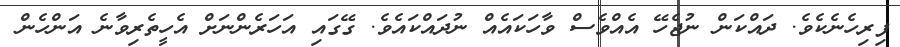
ފިރިހެނެކެވެ. ދައްކަން ނުޖެހޭ އެއްވެސް ވާހަކައެއް ނުދައްކައެވެ. ގޭގައި އަހަރެންނަށް އެހީތެރިވާނެ އަންހެން